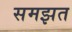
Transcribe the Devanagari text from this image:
समझत